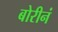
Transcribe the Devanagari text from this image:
बोरीनं